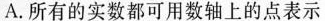
A.所有的实数都可用数轴上的点表示